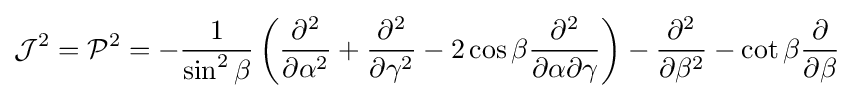
{\mathcal {J}}^{2}={\mathcal {P}}^{2}=-{\frac {1}{\sin ^{2}\beta }}\left({\frac {\partial ^{2}}{\partial \alpha ^{2}}}+{\frac {\partial ^{2}}{\partial \gamma ^{2}}}-2\cos \beta {\frac {\partial ^{2}}{\partial \alpha \partial \gamma }}\right)-{\frac {\partial ^{2}}{\partial \beta ^{2}}}-\cot \beta {\frac {\partial }{\partial \beta }}